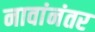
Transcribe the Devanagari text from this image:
नावांनंतर